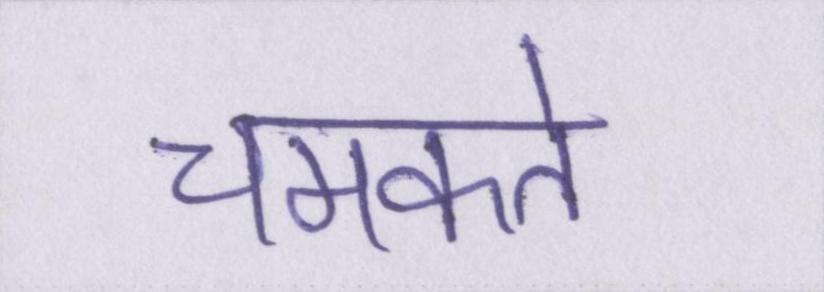
चमकते